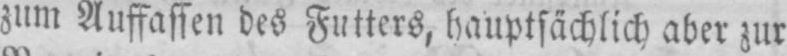
zum Auffassen des Futters, hauptsächlich aber zur